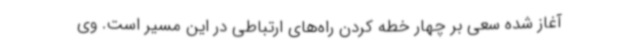
آغاز شده سعی بر چهار خطه کردن راه‌های ارتباطی در این مسیر است. وی